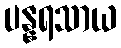
ပန္နရသာယ